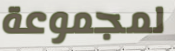
لمجموعة